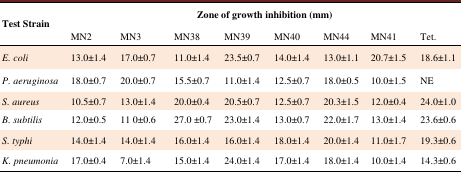
| <ROWSPAN=2> Test Strain | <COLSPAN=8> Zone of growth inhibition (mm) |
 | MN2 | MN3 | MN38 | MN39 | MN40 | MN44 | MN41 | Tet. |
 | --- | --- | --- | --- | --- | --- | --- | --- | --- |
 | E. coli | 13.0±1.4 | 17.0±0.7 | 11.0±1.4 | 23.5±0.7 | 14.0±1.4 | 13.0±1.1 | 20.7±1.5 | 18.6±1.1 |
 | P. aeruginosa | 18.0±0.7 | 20.0±0.7 | 15.5±0.7 | 11.0±1.4 | 12.5±0.7 | 18.0±0.5 | 10.0±1.5 | NE |
 | S. aureus | 10.5±0.7 | 13.0±1.4 | 20.0±0.4 | 20.5±0.7 | 12.5±0.7 | 20.3±1.5 | 12.0±0.4 | 24.0±1.0 |
 | B. subtilis | 12.0±0.5 | 11 0±0.6 | 27.0 ±0.7 | 23.0±1.4 | 13.0±0.7 | 22.0±1.7 | 13.0±1.4 | 23.6±0.6 |
 | S. typhi | 14.0±1.4 | 14.0±1.4 | 16.0±1.4 | 16.0±1.4 | 18.0±1.4 | 20.0±1.4 | 11.0±1.7 | 19.3±0.6 |
 | K. pneumonia | 17.0±0.4 | 7.0±1.4 | 15.0±1.4 | 24.0±1.4 | 17.0±1.4 | 18.0±1.4 | 10.0±1.4 | 14.3±0.6 |